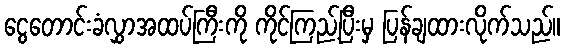
ငွေတောင်းခံလွှာအထပ်ကြီးကို ကိုင်ကြည့်ပြီးမှ ပြန်ချထားလိုက်သည်။